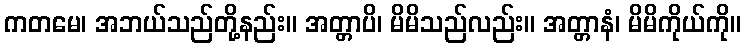
ကတမေ၊ အဘယ်သည်တို့နည်း။ အတ္တာပိ၊ မိမိသည်လည်း။ အတ္တာနံ၊ မိမိကိုယ်ကို။